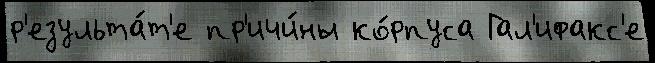
р'езульта́т'е пр'ичи́ны ко́рпуса Гал'ифакс'е